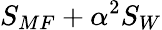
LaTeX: S_{MF}+\alpha^{2}S_{W}